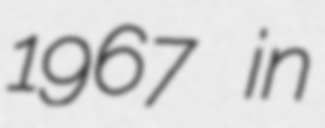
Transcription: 1967 in